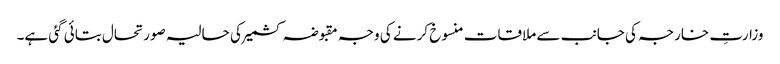
وزارتِ خارجہ کی جانب سے ملاقات منسوخ کرنے کی وجہ مقبوضہ کشمیر کی حالیہ صورتحال بتائی گئی ہے۔